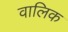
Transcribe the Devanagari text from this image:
वालिक